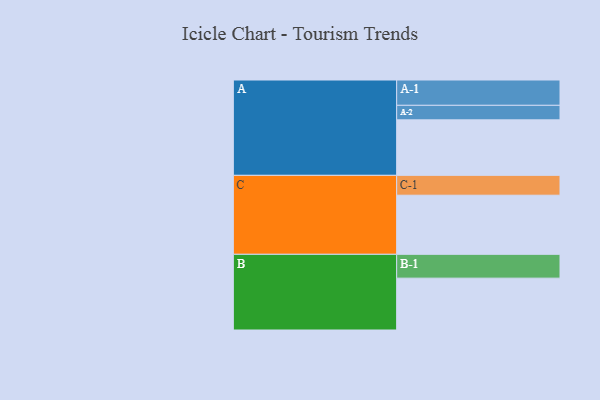
{"axis": {"x": "Segment", "y": "Value"}, "legend": ["", "A", "B", "C"], "data": [{"x": "A", "y": 559, "type": ""}, {"x": "B", "y": 522, "type": ""}, {"x": "C", "y": 595, "type": ""}, {"x": "A-1", "y": 255, "type": "A"}, {"x": "A-2", "y": 146, "type": "A"}, {"x": "B-1", "y": 240, "type": "B"}, {"x": "C-1", "y": 200, "type": "C"}]}